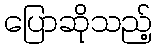
ပြောဆိုသည့်